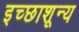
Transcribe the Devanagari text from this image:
इच्छाशून्य